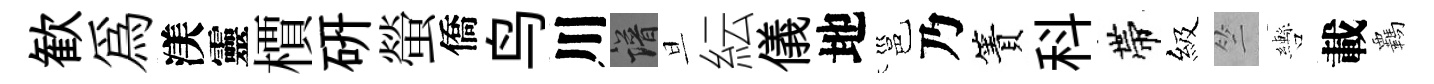
歓為渼靈檟研螢僑鸟川譜旦紜儀地邕乃簀科帶級竺轡載覊